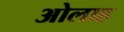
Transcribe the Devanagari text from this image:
ओलाह